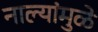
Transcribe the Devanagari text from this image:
नाल्यांमुळे